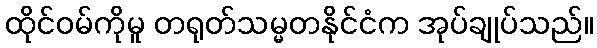
ထိုင်ဝမ်ကိုမူ တရုတ်သမ္မတနိုင်ငံက အုပ်ချုပ်သည်။